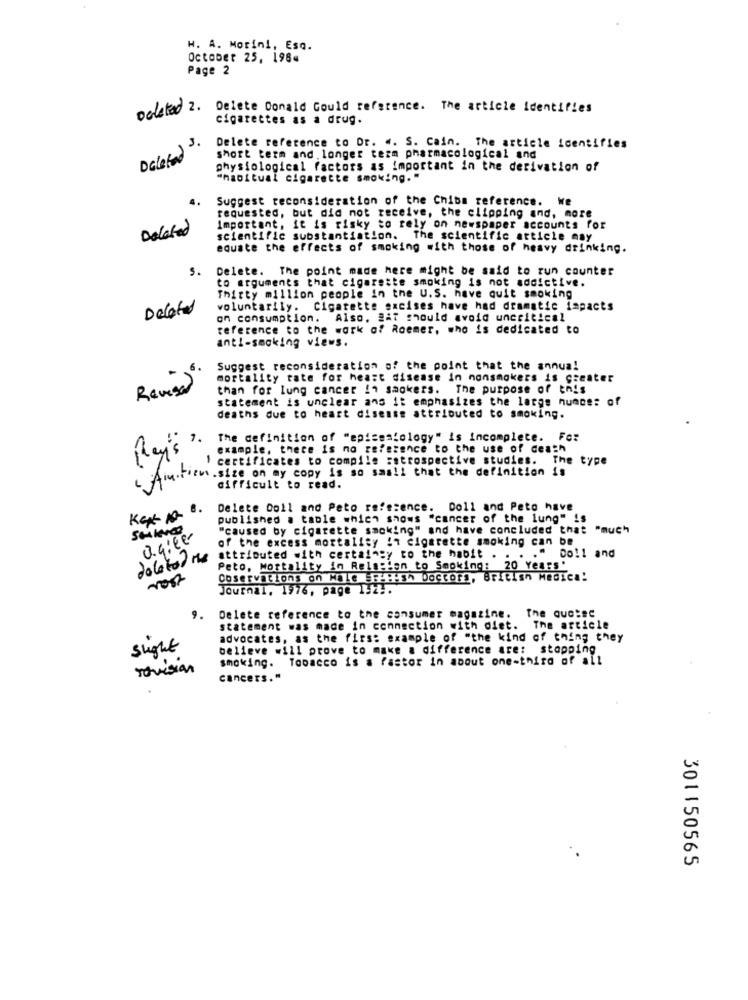
H. A. Morini, Eso.
October 25, 198«
Page 2
Deleted 2. Delete Donald Could reference. The article identifies
cigarettes as a drug.
Deleted 3.
Delete reference to Dr. «. S. Cain. The article identifies
short term and. longer term pharmacological and
physiological factors as important in the derivation of
"habitual cigarette smoking."
4.
Suggest reconsideration of the Chiba reference. We
requested, but did not receive, the clipping and, more
Delated
Important, it is risky to rely on newspaper accounts for
scientific substantiation. The scientific article may
equate the effects of smoking with those of heavy drinking.
s.
Delete. The point made here might be said to run counter
to arguments that cigarette smoking is not addictive.
Thirty million people in the U.S. have quit smoking
Deleted
voluntarily. Cigarette sacises have had dramatic impacts
on consumption. Also. #it should avoid uncritical
reference to the work of Roemer, who is dedicated to
anti-smoking views.
Suggest reconsideration of the point that the annua!
6.
mortality rate for heart disease in nonsmokers is greater
Revisa
than for lung cancer in sackers. The purpose of this
statement is unclear ans it emphasizes the large humce: of
deaths due to heart disease attributed to smoking.
The definition of "episesiology" is incomplete. Fo:
Ray's3.
example, there is no reference to the use of death
certificates to compile sottospective studies. The type
Aim.Frem size on my copy is so small that the definition is
difficult to read.
Delete Doll and Peto reference. Doll and Peto have
published a table which shows "cancer of the lung" is
"caused by cigarette smoking" and have concluded that "much
0.9: 26
of the excess mortality in cigarette smoking can be
dolatod me
attributed with certaingy to the habit . . . . " Do !! and
Peto, Mortality in Relation to Smoking: 20 Years'
vost
Çoservations on Hale ###H-Sh Doctors, British Medical
Journal. 1976, page 1.2 ..
Delete reference to the consumer magazine. The quc:sc
statement was made in connection with diet.
The article
advocates, as the firs: example of "the kind of thing they
slight
believe will prove to make a difference are: stopping
smoking. Tobacco is a Pastor in about one-third of all
Tovision
cancers."
301150565